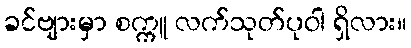
ခင်ဗျားမှာ စက္ကူ လက်သုတ်ပုဝါ ရှိလား။